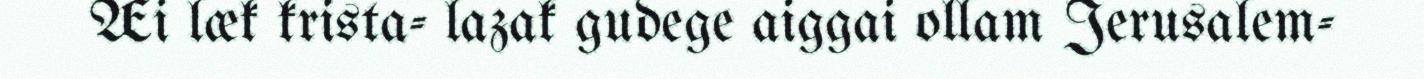
Æi læk krista- lazak gudege aiggai ollam Jerusalem-